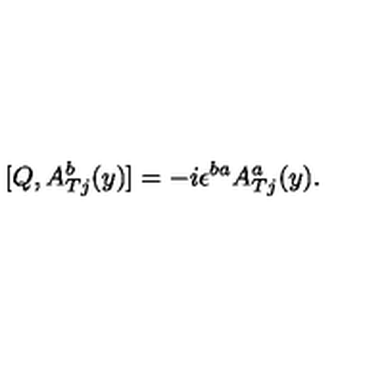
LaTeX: [ Q , A _ { T j } ^ { b } ( y ) ] = - i \epsilon ^ { b a } A _ { T j } ^ { a } ( y ) .